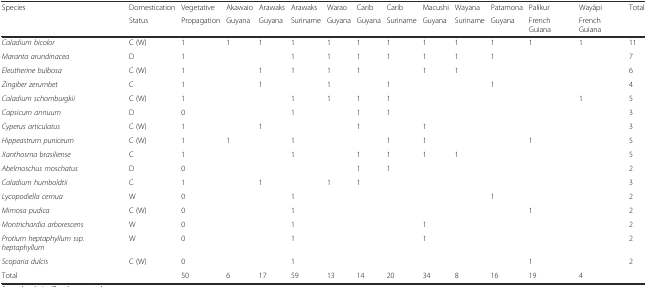
| Species | Domestication | Vegetative | Akawaio | Arawaks | Arawaks | Warao | Carib | Carib | Macushi | Wayana | Patamona | Palikur | Wayãpi | Total |
 |  | Status | Propagation | Guyana | Guyana | Suriname | Guyana | Guyana | Suriname | Guyana | Suriname | Guyana | French Guiana | French Guiana |  |
 | --- | --- | --- | --- | --- | --- | --- | --- | --- | --- | --- | --- | --- | --- | --- |
 | Caladium bicolor | C (W) | 1 | 1 | 1 | 1 | 1 | 1 | 1 | 1 | 1 | 1 | 1 | 1 | 11 |
 | Maranta arundinacea | D | 1 |  |  | 1 | 1 | 1 | 1 | 1 | 1 | 1 |  |  | 7 |
 | Eleutherine bulbosa | C (W) | 1 |  | 1 | 1 | 1 | 1 |  | 1 | 1 |  |  |  | 6 |
 | Zingiber zerumbet | C | 1 |  | 1 |  | 1 |  | 1 |  |  | 1 |  |  | 4 |
 | Caladium schomburgkii | C (W) | 1 |  |  | 1 | 1 | 1 | 1 |  |  |  |  | 1 | 5 |
 | Capsicum annuum | D | 0 |  |  | 1 |  | 1 | 1 |  |  |  |  |  | 3 |
 | Cyperus articulatus | C (W) | 1 |  | 1 |  |  | 1 |  | 1 |  |  |  |  | 3 |
 | Hippeastrum puniceum | C (W) | 1 | 1 |  | 1 |  |  | 1 | 1 |  |  | 1 |  | 5 |
 | Xanthosma brasiliense | C | 1 |  |  | 1 |  | 1 | 1 | 1 | 1 |  |  |  | 5 |
 | Abelmoschus moschatus | D | 0 |  |  |  |  | 1 | 1 |  |  |  |  |  | 2 |
 | Caladium humboldtii | C | 1 |  | 1 |  | 1 | 1 |  |  |  |  |  |  | 3 |
 | Lycopodiella cernua | W | 0 |  |  | 1 |  |  |  |  |  | 1 |  |  | 2 |
 | Mimosa pudica | C (W) | 0 |  |  | 1 |  |  |  |  |  |  | 1 |  | 2 |
 | Montrichardia arborescens | W | 0 |  |  | 1 |  |  |  | 1 |  |  |  |  | 2 |
 | Protium heptaphyllum ssp. heptaphyllum | W | 0 |  |  | 1 |  |  |  | 1 |  |  |  |  | 2 |
 | Scoparia dulcis | C (W) | 0 |  |  | 1 |  |  |  |  |  |  | 1 |  | 2 |
 | Total |  | 50 | 6 | 17 | 59 | 13 | 14 | 20 | 34 | 8 | 16 | 19 | 4 |  |